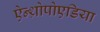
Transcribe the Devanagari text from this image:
ऐन्थ्रोपोएडिया